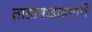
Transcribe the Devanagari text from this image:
ताडामाडाप्रमाणे